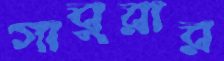
গাবুরার